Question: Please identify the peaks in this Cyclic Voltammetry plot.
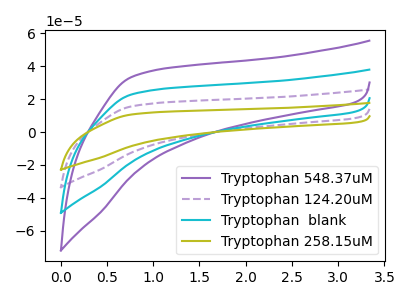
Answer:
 <answer>The purple curve "Tryptophan 548.37uM" has no peaks. The purple dashed curve "Tryptophan 124.20uM" has no peaks. The cyan curve "Tryptophan  blank" has no peaks. The olive curve "Tryptophan 258.15uM" has no peaks.</answer>
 <eval></eval>